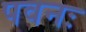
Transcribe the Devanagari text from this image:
पवनः